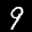
Label: 9